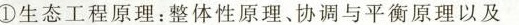
①生态工程原理：整体性原理、协调与平衡原理以及